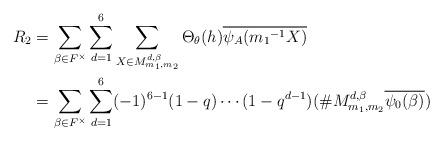
LaTeX: \begin{align*} R_2 &=\sum_{\beta \in F^{\times}}\sum_{d=1}^{6}\sum_{X \in M_{m_{1},m_{2}}^{ d,\beta}}\Theta_{\theta}(h)\overline{\psi_A({m_1}^{-1}X)}\\ &=\sum_{\beta \in F^{\times}} \sum_{d=1}^{6}(-1)^{6-1}(1-q) \cdots (1-q^{d-1})(\# M_{m_{1},m_{2}}^{ d,\beta}\overline{\psi_0(\beta)}) \end{align*}